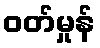
ဝတ်မှုန်